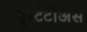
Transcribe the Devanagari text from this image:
युस्टेटीअस